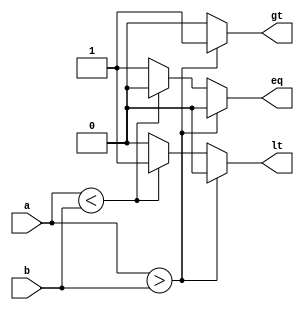
`timescale 1ns / 1ps
//////////////////////////////////////////////////////////////////////////////////
// Name: Andrew Camps, Jason Tran, Steve Miller
// Project: Project 1
// Description: Determines if a > b, a < b, and a == b
//////////////////////////////////////////////////////////////////////////////////


module COMP(a, b, gt, lt, eq);

    parameter DATAWIDTH = 64;

    input [DATAWIDTH - 1:0] a, b;
    output reg gt, lt, eq;
    
    initial begin
        gt <= 0; lt <= 0; eq <= 0;
    end
    
    always @(*) begin
        gt <= 0; lt <= 0; eq <= 0;
    
        if($signed(a) > $signed(b))
            gt <= 1;
        else if($signed(a) < $signed(b))
            lt <= 1;
        else
            eq <= 1;
    
    end
    
endmodule